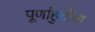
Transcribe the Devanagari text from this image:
पूर्णाहुतीचा